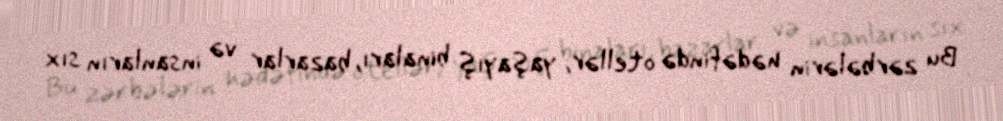
Bu zərbələrin hədəfində otellər, yaşayış binaları, bazarlar və insanların sıx